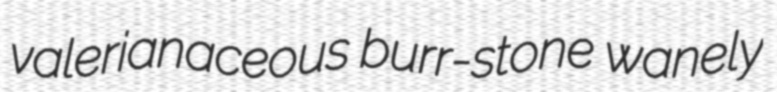
valerianaceous burr-stone wanely